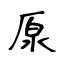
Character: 厡